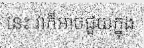
នេះ វាក៏អាចជួយក្នុង